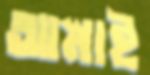
আস্নাই